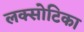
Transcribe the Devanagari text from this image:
लक्सोटिका